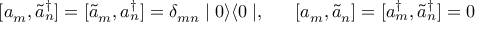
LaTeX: [ a _ { m } , \tilde { a } _ { n } ^ { \dagger } ] = [ \tilde { a } _ { m } , a _ { n } ^ { \dagger } ] = \delta _ { m n } \mid 0 \rangle \langle 0 \mid , \; \; \; \; \; \; [ a _ { m } , \tilde { a } _ { n } ] = [ a _ { m } ^ { \dagger } , \tilde { a } _ { n } ^ { \dagger } ] = 0